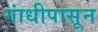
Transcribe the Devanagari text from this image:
गांधीपासून